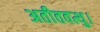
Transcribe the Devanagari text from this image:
अतीतवत्थु।